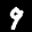
Label: 9